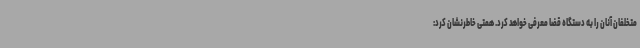
متخلفان آنان را به دستگاه قضا معرفی خواهد کرد. همتی خاطرنشان کرد: